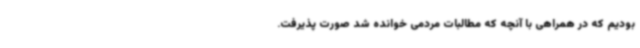
بودیم که در همراهی با آنچه که مطالبات مردمی خوانده شد صورت پذیرفت.